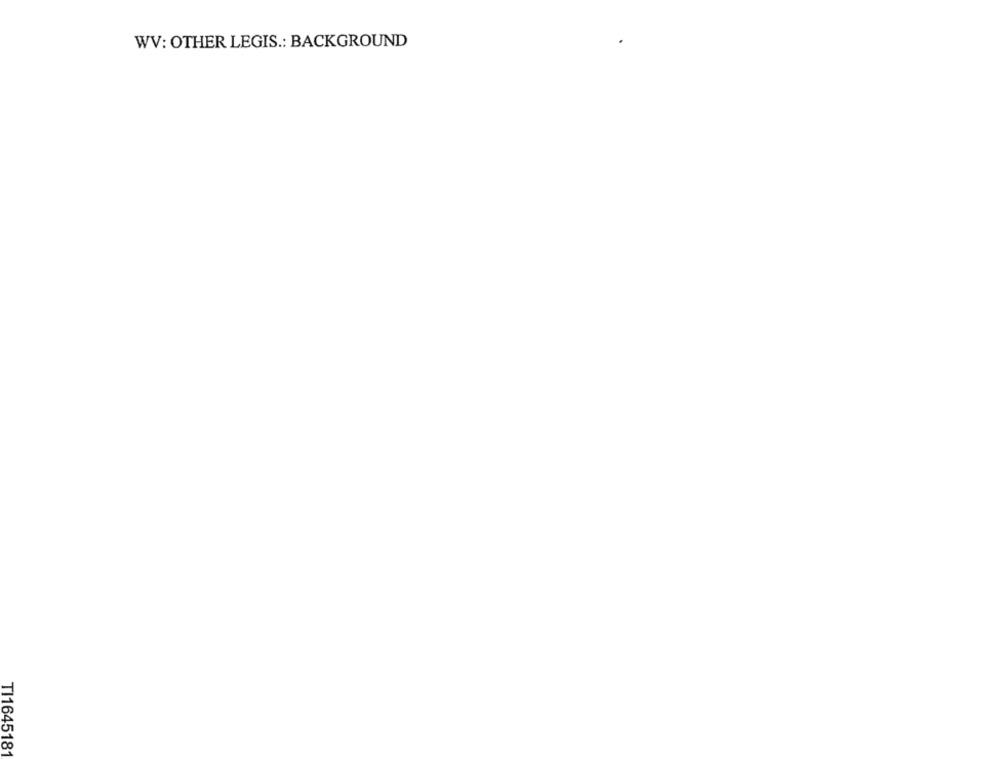
WV: OTHER LEGIS .: BACKGROUND
TI1645181